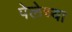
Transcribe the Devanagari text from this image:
पेलेच्या